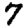
Digit: 7